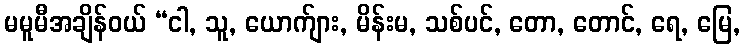
မမူမီအချိန်ဝယ် “ငါ, သူ, ယောက်ျား, မိန်းမ, သစ်ပင်, တော, တောင်, ရေ, မြေ,